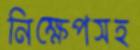
নিক্ষেপসহ